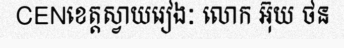
CENខេត្តស្វាយរៀងៈ លោក អ៊ុយ ថន